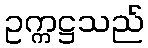
ဥက္ကဋ္ဌသည်